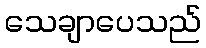
သေချာပေသည်